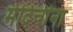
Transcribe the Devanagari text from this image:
मेदिचींना